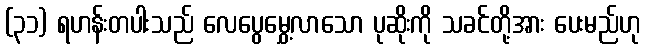
(၃၁) ရဟန်းတပါးသည် လေပွေမွှေ့လာသော ပုဆိုးကို သခင်တို့အား ပေးမည်ဟု